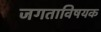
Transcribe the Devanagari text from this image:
जगताविषयक